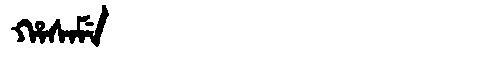
Manchu: ᡥᠠᠰᠠᠮᡝ
Romanization: HASAME